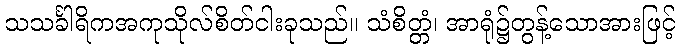
သသင်္ခါရိကအကုသိုလ်စိတ်ငါးခုသည်။ သံစိတ္တံ၊ အာရုံ၌တွန့်သောအားဖြင့်